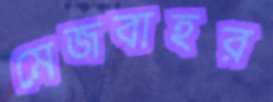
মেজবাহর